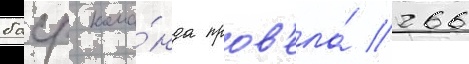
бсср кома́нда пров'ела́ 266